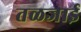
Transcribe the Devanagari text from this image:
तळजाई